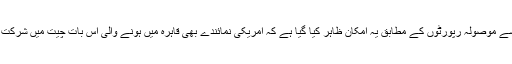
ادھر واشنگٹن سے موصولہ رپورٹوں کے مطابق يہ امکان ظاہر کيا گيا ہے کہ امريکی نمائندے بھی قاہرہ ميں ہونے والی اس بات چيت ميں شرکت کر سکتے ہيں۔